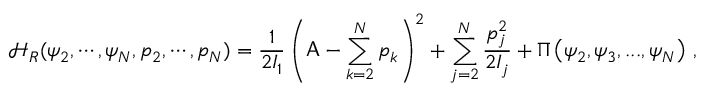
\mathcal { H } _ { R } ( \psi _ { 2 } , \cdots , \psi _ { N } , p _ { 2 } , \cdots , p _ { N } ) = \frac { 1 } { 2 I _ { 1 } } \left( \mathsf { A } - \sum _ { k = 2 } ^ { N } p _ { k } \right) ^ { 2 } + \sum _ { j = 2 } ^ { N } \frac { p _ { j } ^ { 2 } } { 2 I _ { j } } + \Pi \left( \psi _ { 2 } , \psi _ { 3 } , . . . , \psi _ { N } \right) \, ,